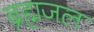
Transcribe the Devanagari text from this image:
ब्रह्मजल